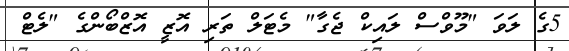
5ގެ ލަވަ "މޫވްސް ލައިކް ޖެގާ" މެޓަލް ތަރި އޮޒީ އޮޒްބޯންގެ "ލެޓް